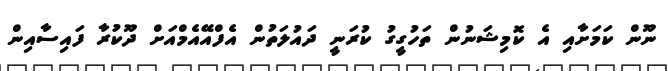
ނޫން ކަމަށާއި އެ ކޮމިޝަނުން ތަހުގީގު ކުރަނީ ދައުލަތުން އެފްއޭއެމްއަށް ދޫކުރާ ފައިސާއިން